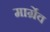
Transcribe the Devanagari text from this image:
मार्ग्रेव